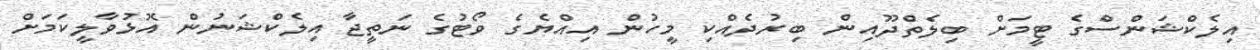
އިލެކްޝަންސްގެ ޓީމަށް ބިލެތްދޫއިން ބިރުދެއްކި މީހުން އިއްޔެގެ ވޯޓުގެ ނަތީޖާ އިލެކްޝަނުން އޮޅުވާލީކަމަށް